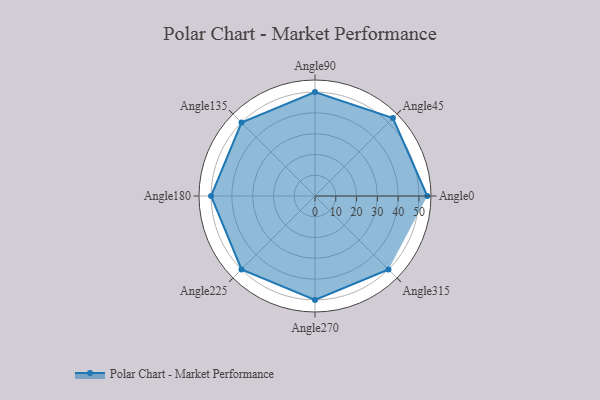
{"axis": {"x": "Angle", "y": "Radius"}, "legend": [""], "data": [{"x": "Angle0", "y": 54.0, "type": ""}, {"x": "Angle45", "y": 53.0, "type": ""}, {"x": "Angle90", "y": 50, "type": ""}, {"x": "Angle135", "y": 50, "type": ""}, {"x": "Angle180", "y": 50, "type": ""}, {"x": "Angle225", "y": 50, "type": ""}, {"x": "Angle270", "y": 50, "type": ""}, {"x": "Angle315", "y": 50, "type": ""}]}